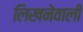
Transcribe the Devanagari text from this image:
लिखनेवाली